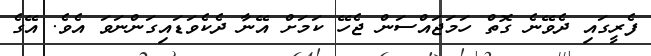
ފެރީގައި ދެވޭނެ ގޮތް ހަމަޖައްސަން ޖެހޭ ކަމަށް އޭނާ ދެކެވަޑައިގަންނަވަ އެވެ. އޭގެ